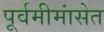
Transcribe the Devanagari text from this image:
पूर्वमीमांसेत